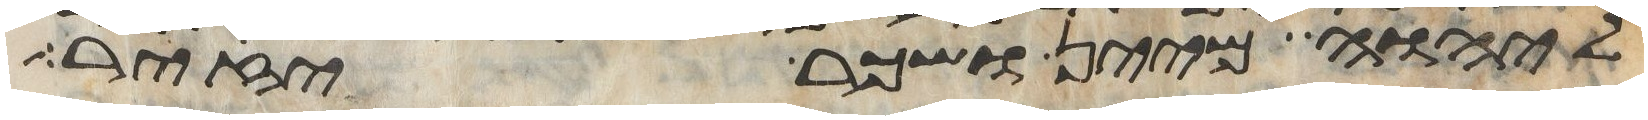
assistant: ליהוה מיין ושכר יזיר